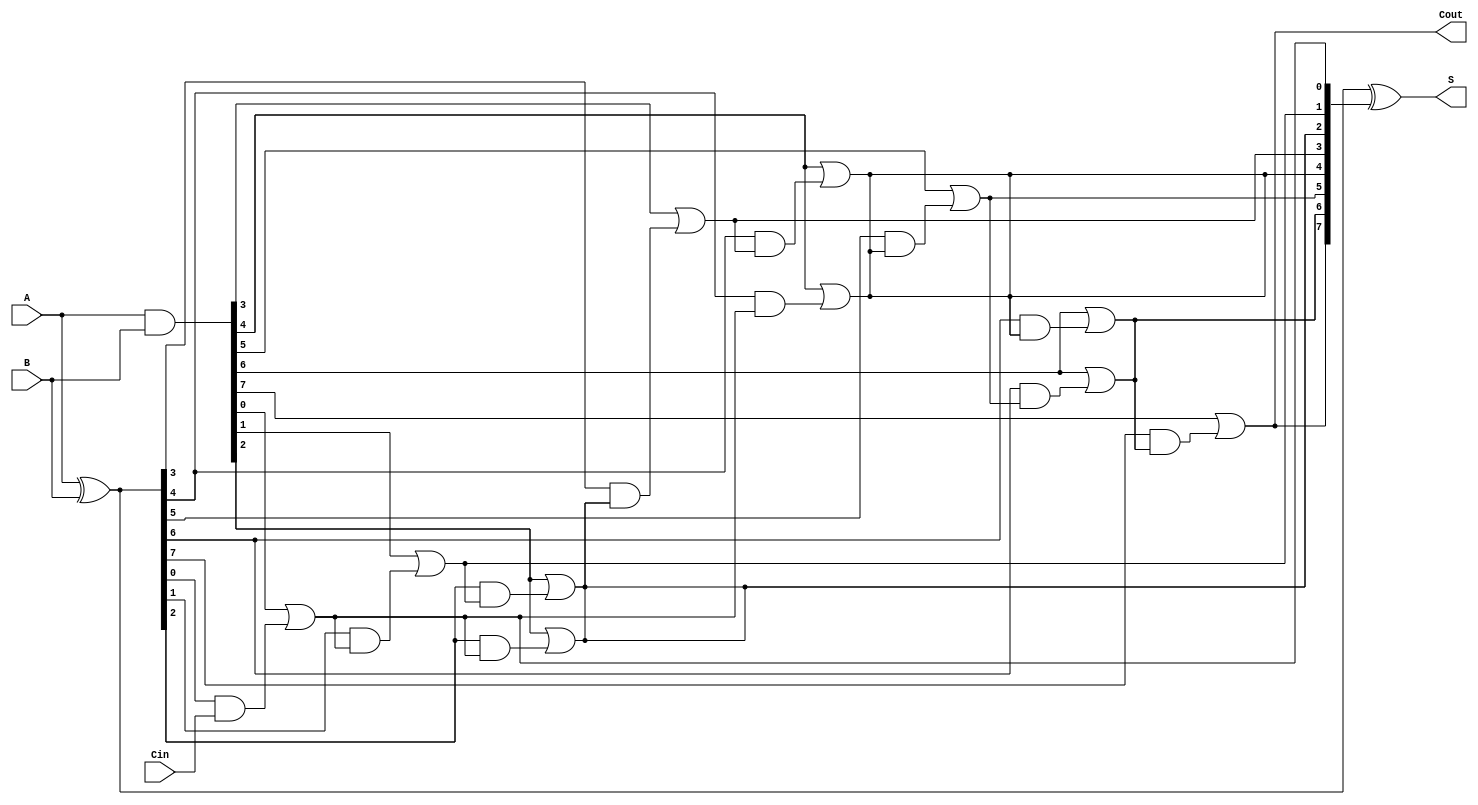
module KoggeStoneAdder #(parameter n = 8) (
    input  [n-1:0] A,      // First operand
    input  [n-1:0] B,      // Second operand
    input         Cin,      // Carry-in
    output [n-1:0] S,      // Sum output
    output        Cout      // Carry-out
);
    // Generate and Propagate signals
    wire [n-1:0] G; // Generate
    wire [n-1:0] P; // Propagate
    wire [n:0] C;    // Carry signals

    // Generate and Propagate calculations
    assign G = A & B;          // G[i] = A[i] AND B[i]
    assign P = A ^ B;          // P[i] = A[i] XOR B[i]

    // Carry-in initialization
    assign C[0] = Cin;

    // Carry generation using Kogge-Stone method
    genvar i, j;
    generate
        // Level 0 (direct connections)
        for (i = 0; i < n; i = i + 1) begin: level0
            assign C[i + 1] = G[i] | (P[i] & C[i]);
        end

        // Levels 1 to log2(n) - Carry generation
        for (j = 1; (1 << j) <= n; j = j + 1) begin: levels
            for (i = 0; i < n; i = i + (1 << (j + 1))) begin
                assign C[i + (1 << j) + 1] = G[i + (1 << j)] | (P[i + (1 << j)] & C[i + 1]);
            end
        end
    endgenerate

    // Sum calculation
    assign S = P ^ C[n:1]; // S[i] = P[i] XOR C[i]

    // Carry-out
    assign Cout = C[n];

endmodule